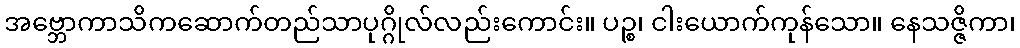
အဗ္ဘောကာသိကဆောက်တည်သာပုဂ္ဂိုလ်လည်းကောင်း။ ပဉ္စ၊ ငါးယောက်ကုန်သော။ နေသဇ္ဇိကာ၊